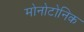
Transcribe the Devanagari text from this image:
मोनोटोनिक